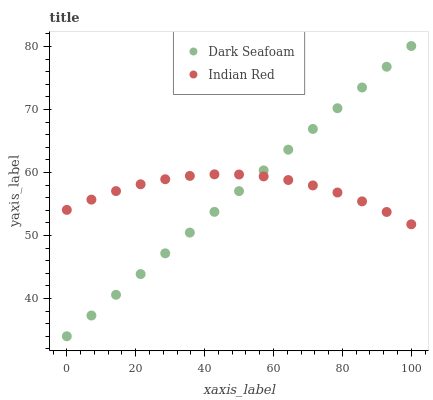
| xaxis_label | Dark Seafoam | Indian Red |
 | --- | --- | --- |
 | 0 | 34 | 54.1 |
 | 7.14 | 37.3 | 55.7 |
 | 14.3 | 40.6 | 57.1 |
 | 21.4 | 43.9 | 58.1 |
 | 28.6 | 47.2 | 58.9 |
 | 35.7 | 50.5 | 59.5 |
 | 42.9 | 53.8 | 59.7 |
 | 50 | 57 | 59.7 |
 | 57.1 | 60.3 | 59.4 |
 | 64.3 | 63.6 | 58.8 |
 | 71.4 | 66.9 | 58 |
 | 78.6 | 70.2 | 56.8 |
 | 85.7 | 73.5 | 55.4 |
 | 92.9 | 76.8 | 53.7 |
 | 100 | 80.1 | 51.8 |